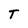
Character: T